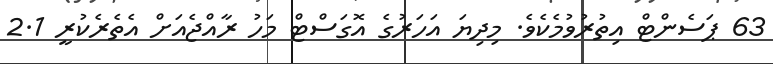
63 ޕަސެންޓް އިތުރުވުމެކެވެ. މިދިޔަ އަހަރުގެ އޮގަސްޓް މަހު ރާއްޖެއަށް އެތެރެކުރީ 2.1